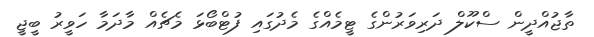
ތާޖުއްދީން ސްކޫލް ދަރިވަރުންގެ ޓީމެއްގެ މެދުގައި ފުޓްބޯޅަ މެޗެއް މާދަމާ ހަވީރު ބީޖީ